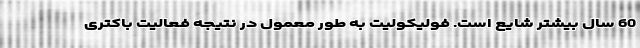
60 سال بیشتر شایع است. فولیکولیت به طور معمول در نتیجه فعالیت باکتری